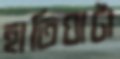
হাতিঘাটা